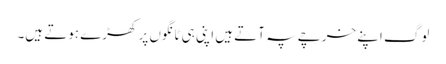
لوگ اپنے خرچے پہ آتے ہیں اپنی ہی ٹانگوں پر کھڑے ہوتے ہیں۔